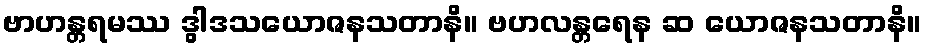
ဗာဟန္တရမဿ ဒွါဒသယောဇနသတာနိ။ ဗဟလန္တရေန ဆ ယောဇနသတာနိ။